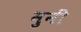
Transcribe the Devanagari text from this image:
मुनीं